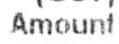
AMOUNT